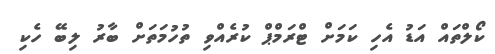
ކޯލްތައް އަޑު އެހި ކަމަށް ޓްރަމްޕް ކުރެއްވި ތުހުމަތަށް ބާރު ލިބޭ ހެކި